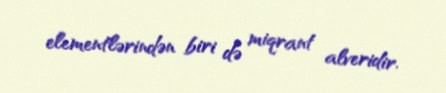
elementlərindən biri də miqrant alveridir.